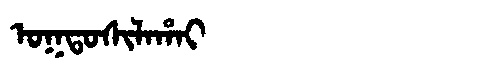
Manchu: ᠣᡴᡨᠣᠰᡳᠯᠠᡥᠠᡳ
Romanization: OKTOSILAHAI